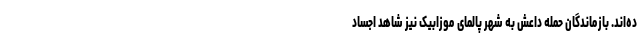
ده‌اند. بازماندگان حمله داعش به شهر پالمای موزابیک نیز شاهد اجساد